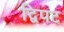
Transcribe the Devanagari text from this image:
द्विपट